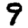
Digit: 9